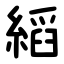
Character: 縚